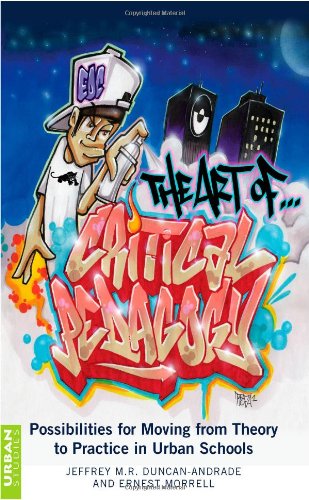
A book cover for The Art of Critical Pedagogy: Possibilities for Moving from Theory to Practice in Urban Schools; Jeffrey M. Duncan-Andrade; Education & Teaching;